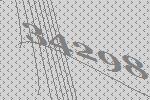
34298